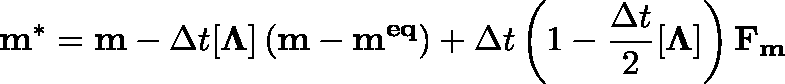
\mathbf { m ^ { * } } = \mathbf { m } - \Delta t [ \mathbf { \Lambda } ] \left( \mathbf { m } - \mathbf { m ^ { e q } } \right) + \Delta t \left( 1 - \frac { \Delta t } { 2 } [ \mathbf { \Lambda } ] \right) \mathbf { F _ { m } }